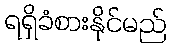
ရရှိခံစားနိုင်မည်